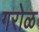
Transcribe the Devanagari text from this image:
गरोळ